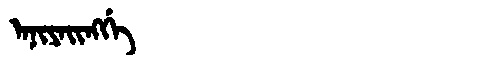
Manchu: ᠠᠨᡳᠶᠠᡳᠩᡤᡝ
Romanization: ANIYAINGGE